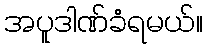
အပူဒါဏ်ခံရမယ်။